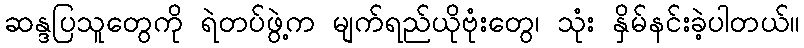
ဆန္ဒပြသူတွေကို ရဲတပ်ဖွဲ့က မျက်ရည်ယိုဗုံးတွေ၊ သုံး နှိမ်နင်းခဲ့ပါတယ်။